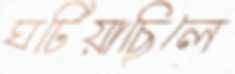
ঘটিয়াছিলে